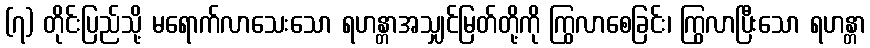
(၇) တိုင်းပြည်သို့ မရောက်လာသေးသော ရဟန္တာအသျှင်မြတ်တို့ကို ကြွလာစေခြင်း၊ ကြွလာပြီးသော ရဟန္တာ